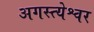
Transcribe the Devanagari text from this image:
अगस्त्येश्वर